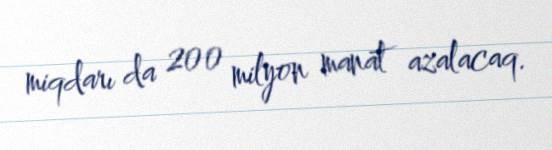
miqdarı da 200 milyon manat azalacaq.